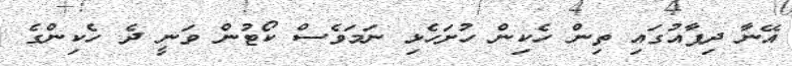
އޭނާ ދިފާއުގައި ތިން ހެކިން ހުށަހެޅި ނަމަވެސް ކޯޓުން ވަނީ ދެ ހެކިންގެ